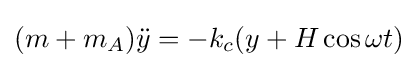
(m+m_{A}){\ddot {y}}=-k_{c}(y+H\cos \omega t)